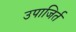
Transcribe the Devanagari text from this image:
उपाजिर्त